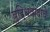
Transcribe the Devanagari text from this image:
बुद्धिवादाचे